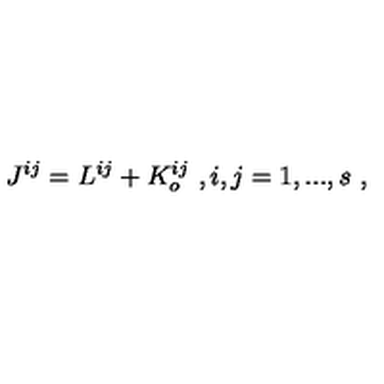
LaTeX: J ^ { i j } = L ^ { i j } + K _ { o } ^ { i j } \ , i , j = 1 , . . . , s \ ,